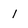
Character: 1